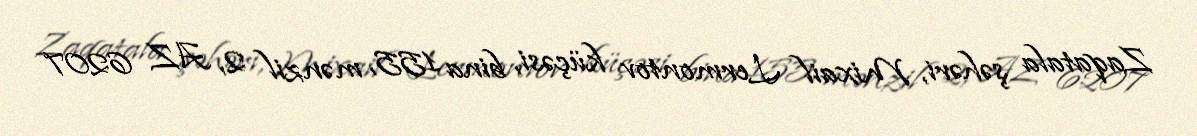
Zaqatala şəhəri, Mixail Lermontov küçəsi, bina 155, mənzil 2, AZ 6207